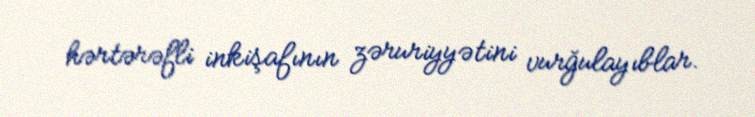
hərtərəfli inkişafının zəruriyyətini vurğulayıblar.